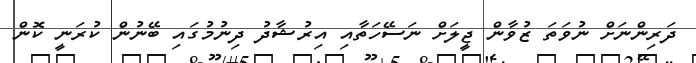
ދަރިންނަށް ނުވަތަ ޒުވާން ޖީލަށް ނަސޭހަތާއި އިރުޝާދު ދިނުމުގައި ބޭނުން ކުރަނީ ކޮން